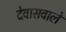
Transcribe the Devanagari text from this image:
देवासवाले